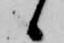
候